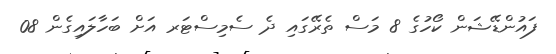
ފައުންޑޭޝަން ކޯހުގެ 8 މަސް ތެރޭގައި ދެ ސެމިސްޓަރ އަށް ބަހާލައިގެން 08